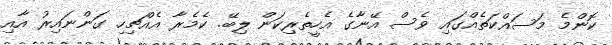
ކޮންމެ މަސައްކަތެއްގައި ވެސް އޭނާގެ އެހީތެރިކަން ލިބޭ. ކެމެރާ އެއްޗިހި ގަންނައިރު އާއި